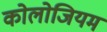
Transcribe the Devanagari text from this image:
कोलोजियम